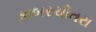
કાબરચીતરા